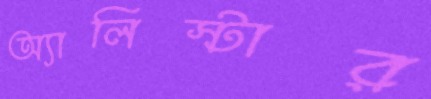
অ্যালিস্টার